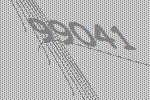
99041